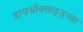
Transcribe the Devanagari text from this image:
डायऑक्साइड्च्या